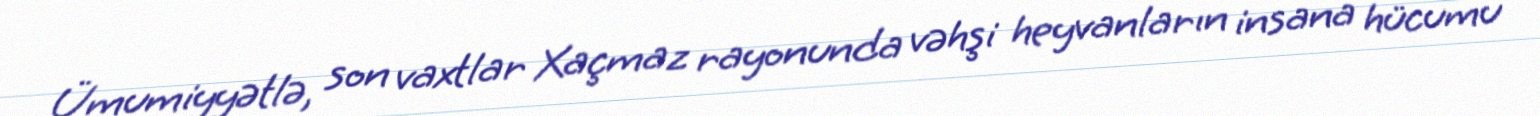
Ümumiyyətlə, son vaxtlar Xaçmaz rayonunda vəhşi heyvanların insana hücumu